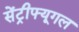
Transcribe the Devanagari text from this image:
सेंट्रीफ्यूगल